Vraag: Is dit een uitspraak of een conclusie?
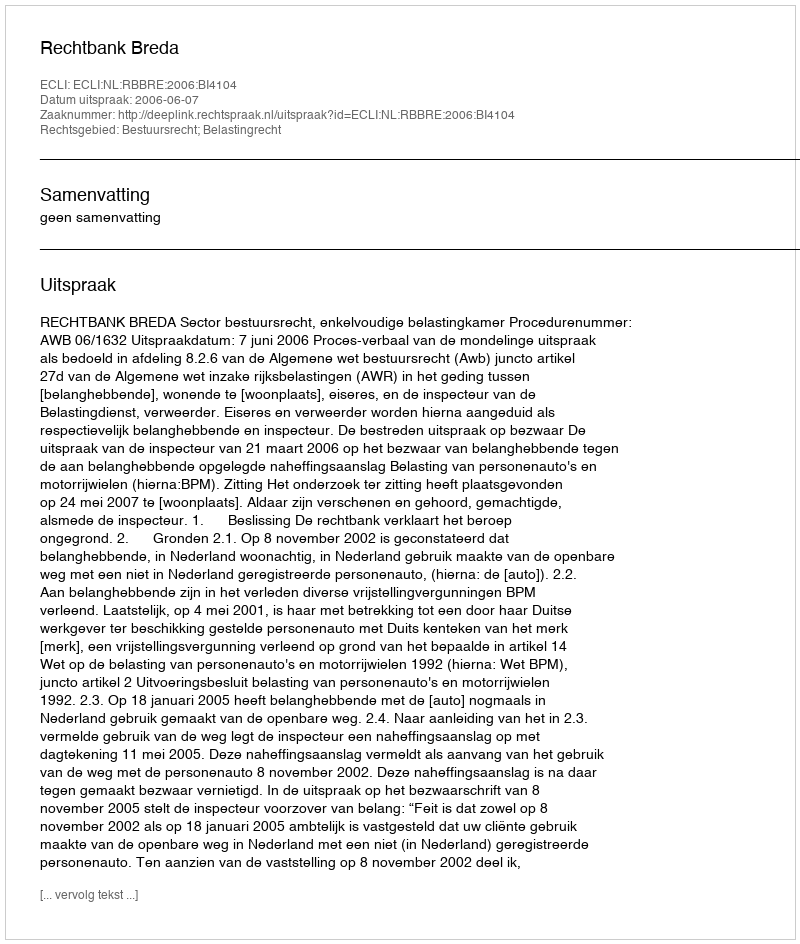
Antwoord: Uitspraak